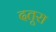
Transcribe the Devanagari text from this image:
दतूरा